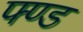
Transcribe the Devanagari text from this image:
फ्ण्ड